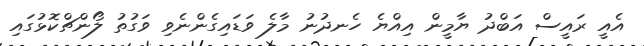
އެއީ ރައީސް އަބްދު ޔާމީން އިއްޔެ ހެނދުނު މާލެ ވަޑައިގެންނެވި ވަގުތު ލޯންޗްކޮޅުގައި